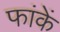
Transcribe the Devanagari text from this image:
फांकें